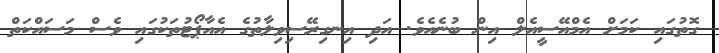
ގޮތުގައި ކަމަށް އެމްއޭސީއެލް އިން ބުނެއެވެ. އަދި އިނގިރޭސިވިލާތުގެ އެއާޕޯޓުތަކުގައި ވެސް މަސައްކަތް